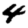
Digit: 4